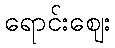
ရောင်းဈေး